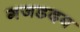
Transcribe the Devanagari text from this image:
गजडदब